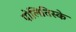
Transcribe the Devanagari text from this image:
पोलितिस्के